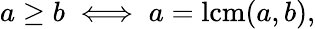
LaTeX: a\geq b\iff a=\operatorname{lcm}(a,b),